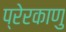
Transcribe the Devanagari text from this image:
प्रेरकाणु